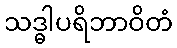
သဒ္ဓါပရိဘာဝိတံ